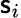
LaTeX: \mathsf{s}_{i}